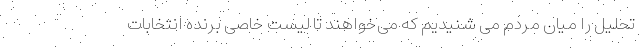
تحلیل را میان مردم می شنیدیم که می‌خواهند تا لیست خاصی برنده انتخابات